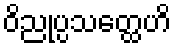
ဝိညုပ္ပသတ္ထေဟိ